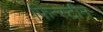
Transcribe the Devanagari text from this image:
फिन्स्टीन